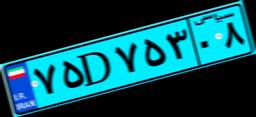
۷۵D۷۵۳۰۸